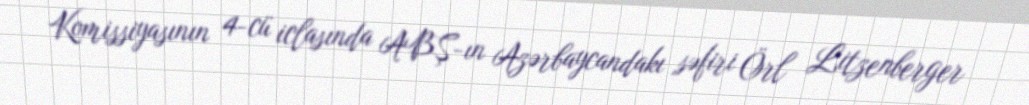
Komissiyasının 4-cü iclasında ABŞ-ın Azərbaycandakı səfiri Örl Litzenberger